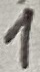
Text: 1